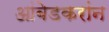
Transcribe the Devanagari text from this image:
आंबेडकरांन